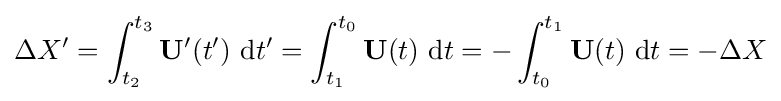
\Delta X'=\int _{t_{2}}^{t_{3}}\mathbf {U} '(t')~\mathrm {d} t'=\int _{t_{1}}^{t_{0}}\mathbf {U} (t)~\mathrm {d} t=-\int _{t_{0}}^{t_{1}}\mathbf {U} (t)~\mathrm {d} t=-\Delta X